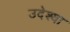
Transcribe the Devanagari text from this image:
उदेश्या